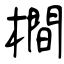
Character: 橺